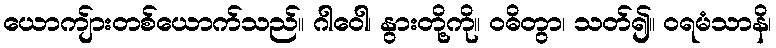
ယောကျ်ားတစ်ယောက်သည်။ ဂါဝေါ၊ နွားတို့ကို။ ဝဓိတွာ၊ သတ်၍။ ဝရမံသာနိ၊